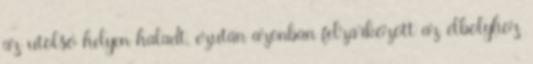
az utolsó helyen haladt, ezután azonban felzárkózott az élbolyhoz